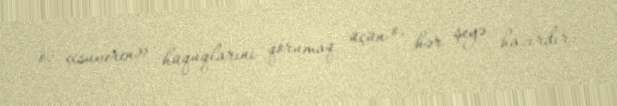
öz «suveren» hüquqlarını qorumaq üçün o, hər şeyə hazırdır.